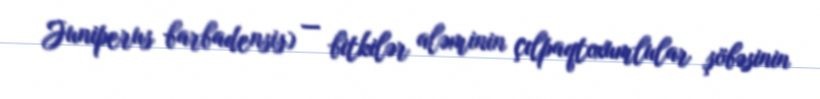
Juniperus barbadensis) — bitkilər aləminin çılpaqtoxumlular şöbəsinin